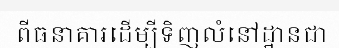
ពីធនាគារដើម្បីទិញលំនៅដ្ឋានជា